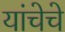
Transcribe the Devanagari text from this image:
यांचेचे